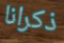
ذكرانا